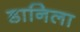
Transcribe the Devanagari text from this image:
डानिला